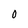
Character: 0